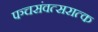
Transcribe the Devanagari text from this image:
पञ्चसंवत्सरात्क